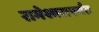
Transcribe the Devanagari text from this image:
रामेश्वरापर्यंत